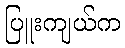
ပြူးကျယ်က